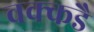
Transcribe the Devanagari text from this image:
वक्कडै